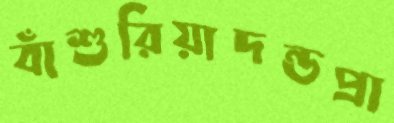
বাঁশুরিয়াদন্ডপ্রা